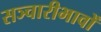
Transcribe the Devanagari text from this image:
सञ्चारीभावों